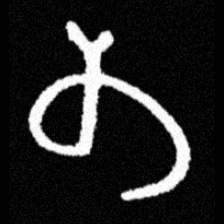
Pyu character \u2014 Myanmar letter: တ (romanized: ta)